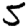
Digit: 5